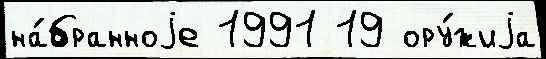
на́бранноjе 1991 19 ору́жиjа